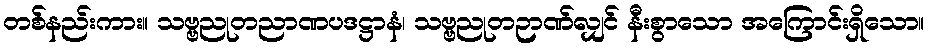
တစ်နည်းကား။ သဗ္ဗညုတညာဏပဒဋ္ဌာနံ၊ သဗ္ဗညုတဉာဏ်လျှင် နီးစွာသော အကြောင်းရှိသော။